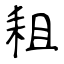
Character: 耝